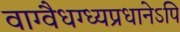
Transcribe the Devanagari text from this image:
वाग्वैधग्ध्यप्रधानेऽपि